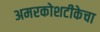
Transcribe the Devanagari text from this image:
अमरकोशटीकेचा